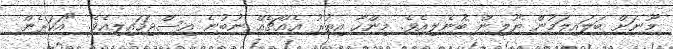
މޫނަށް ބަލައިލަމުން ޔޫލިން ބުނެލިއެވެ. މިންހާ އިތުރު އެއްޗެއް ނުބުނެ އިސްޖަހައިލިއެވެ. "އަހަރެން